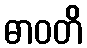
ဓာဝတိ